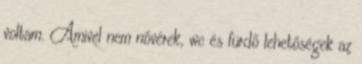
voltam. Amivel nem nővérek, wc és fürdő lehetőségek az